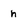
Character: h